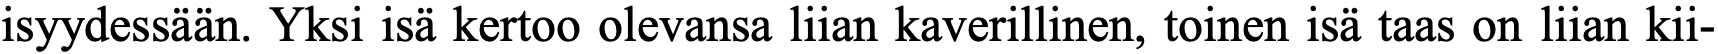
isyydessään. Yksi isä kertoo olevansa liian kaverillinen, toinen isä taas on liian kii-